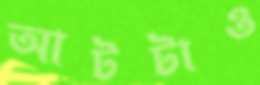
আটটাও